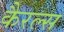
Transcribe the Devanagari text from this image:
कैरल्स